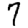
Digit: 7